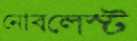
নোবলেস্ট